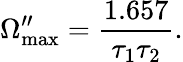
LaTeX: \Omega_{\mathrm{max}}^{\prime\prime}=\frac{1.657}{\tau_{1}\tau_{2}}.